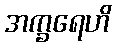
အက္ခရေဟိ